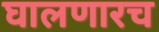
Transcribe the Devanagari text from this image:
घालणारच